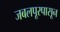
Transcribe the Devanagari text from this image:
जबलपूरपासून